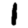
Digit: 1